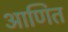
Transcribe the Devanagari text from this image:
आणित